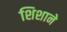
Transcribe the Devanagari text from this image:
शिशाने